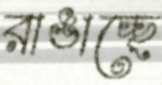
রাঙাচ্ছে